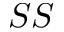
S S